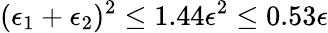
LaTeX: (\epsilon_{1}+\epsilon_{2})^{2}\leq 1.44\epsilon^{2}\leq 0.53\epsilon